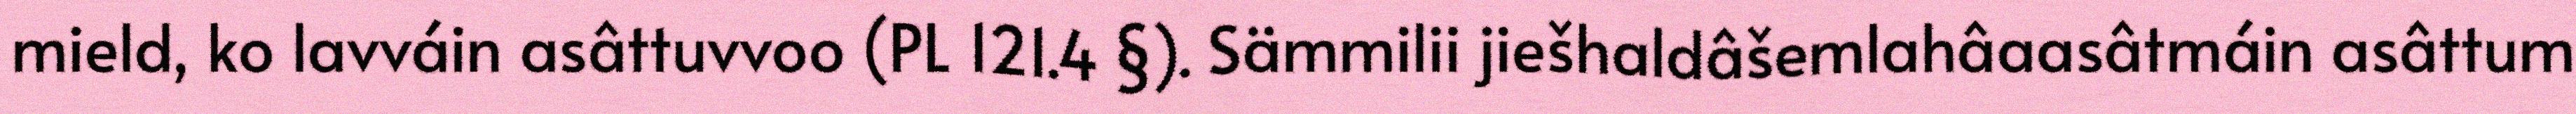
mield, ko lavváin asâttuvvoo (PL 121.4 §). Sämmilii jiešhaldâšemlahâaasâtmáin asâttum